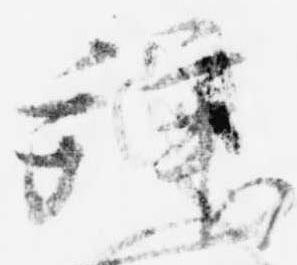
拜